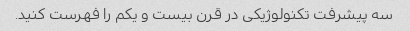
سه پیشرفت تکنولوژیکی در قرن بیست و یکم را فهرست کنید.